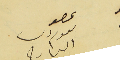
عصو ىعوم دىب العارح